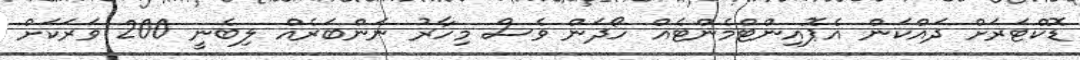
ޑޮކްޓަރަށް ދައްކަން އެޕޮއިންޓްމެންޓެއް ހޯދަން ވެސް މިހާރު ނަންބަރެއް ލިބެނީ 200 ވަރަކަށް